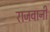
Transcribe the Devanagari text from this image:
राजवानी